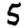
Digit: 5